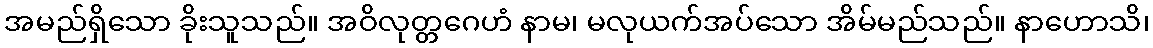
အမည်ရှိသော ခိုးသူသည်။ အဝိလုတ္တဂေဟံ နာမ၊ မလုယက်အပ်သော အိမ်မည်သည်။ နာဟောသိ၊